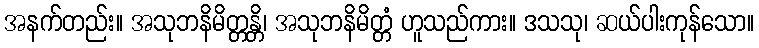
အနက်တည်း။ အသုဘနိမိတ္တန္တိ၊ အသုဘနိမိတ္တံ ဟူသည်ကား။ ဒသသု၊ ဆယ်ပါးကုန်သော။